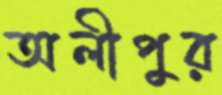
অলীপুর